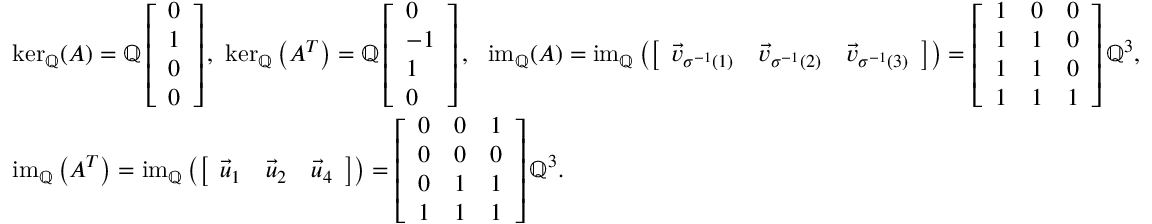
\begin{array} { r l } & { \ker _ { \mathbb { Q } } ( A ) = \operatorname { \mathbb { Q } } \left[ \begin{array} { l } { 0 } \\ { 1 } \\ { 0 } \\ { 0 } \end{array} \right] , \ \ker _ { \mathbb { Q } } \left( A ^ { T } \right) = \operatorname { \mathbb { Q } } \left[ \begin{array} { l } { 0 } \\ { - 1 } \\ { 1 } \\ { 0 } \end{array} \right] , \ \ \operatorname { i m } _ { \mathbb { Q } } ( A ) = \operatorname { i m } _ { \mathbb { Q } } \left( \left[ \begin{array} { l l l } { \vec { v } _ { \sigma ^ { - 1 } ( 1 ) } } & { \vec { v } _ { \sigma ^ { - 1 } ( 2 ) } } & { \vec { v } _ { \sigma ^ { - 1 } ( 3 ) } } \end{array} \right] \right) = \left[ \begin{array} { l l l } { 1 } & { 0 } & { 0 } \\ { 1 } & { 1 } & { 0 } \\ { 1 } & { 1 } & { 0 } \\ { 1 } & { 1 } & { 1 } \end{array} \right] \mathbb { Q } ^ { 3 } , } \\ & { \operatorname { i m } _ { \mathbb { Q } } \left( A ^ { T } \right) = \operatorname { i m } _ { \mathbb { Q } } \left( \left[ \begin{array} { l l l } { \vec { u } _ { 1 } } & { \vec { u } _ { 2 } } & { \vec { u } _ { 4 } } \end{array} \right] \right) = \left[ \begin{array} { l l l } { 0 } & { 0 } & { 1 } \\ { 0 } & { 0 } & { 0 } \\ { 0 } & { 1 } & { 1 } \\ { 1 } & { 1 } & { 1 } \end{array} \right] \mathbb { Q } ^ { 3 } . } \end{array}